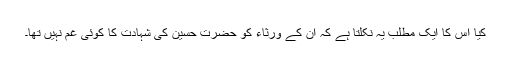
کیا اس کا ایک مطلب یہ نکلتا ہے کہ ان کے ورثاء کو حضرت حسین کی شہادت کا کوئی غم نہیں تھا۔